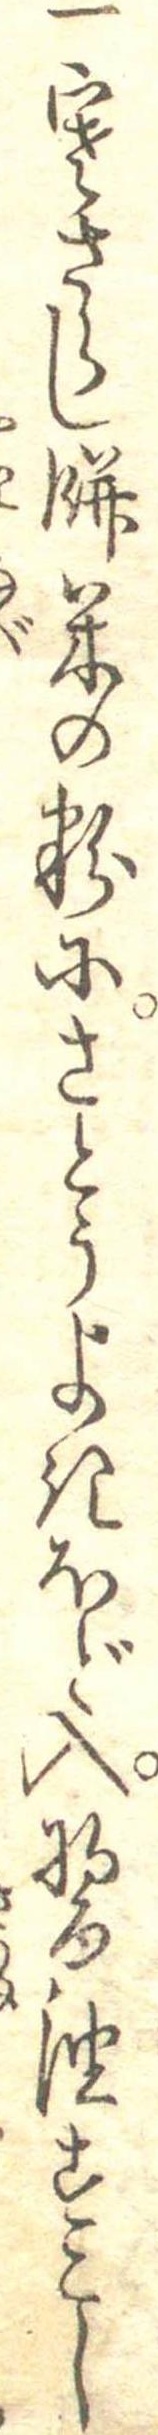
一寒さらし餅米の粉にさとうよきほど入醤油すこし